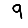
Digit: 9